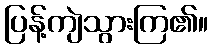
ပြန့်ကျဲသွားကြ၏။